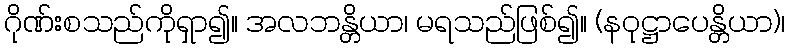
ဂိုဏ်းစသည်ကိုရှာ၍။ အလဘန္တိယာ၊ မရသည်ဖြစ်၍။ (နဝုဋ္ဌာပေန္တိယာ)၊